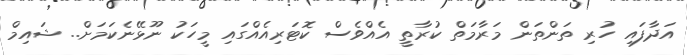
އަދާފައި ހުރި ތަންތަން މަރާމަތް ކުރާތީ އެއްވެސް ކޮޓަރިއެއްގައި މީހަކު ނޫޅޭނެކަމަށް.. ޝައިމް